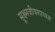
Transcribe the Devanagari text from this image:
सूक्ष्मजीवशास्त्रज्ञ